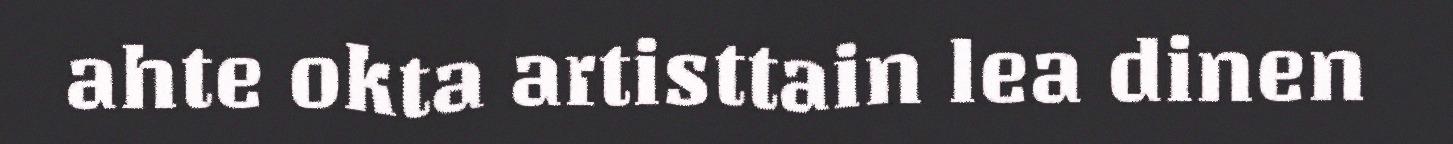
ahte okta artisttain lea dinen